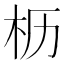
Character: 枥